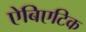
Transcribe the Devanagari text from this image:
ऐबिएटिक